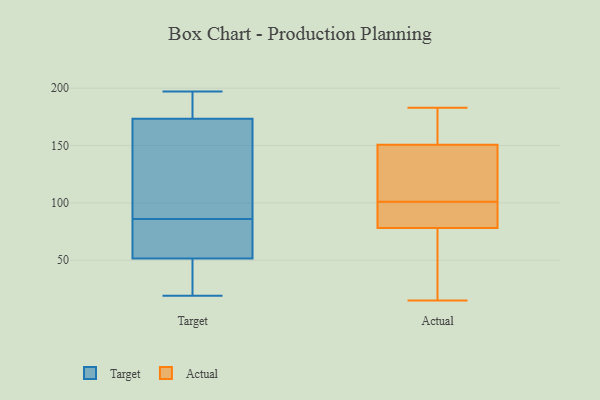
{"axis": {"x": "Backlog", "y": "Value"}, "legend": ["Actual", "Target"], "data": [{"x": "", "y": 23, "type": "Target"}, {"x": "", "y": 197, "type": "Target"}, {"x": "", "y": 44, "type": "Target"}, {"x": "", "y": 161, "type": "Target"}, {"x": "", "y": 107, "type": "Target"}, {"x": "", "y": 86, "type": "Target"}, {"x": "", "y": 166, "type": "Target"}, {"x": "", "y": 19, "type": "Target"}, {"x": "", "y": 68, "type": "Target"}, {"x": "", "y": 73, "type": "Target"}, {"x": "", "y": 195, "type": "Target"}, {"x": "", "y": 196, "type": "Target"}, {"x": "", "y": 54, "type": "Target"}, {"x": "", "y": 15, "type": "Actual"}, {"x": "", "y": 94, "type": "Actual"}, {"x": "", "y": 163, "type": "Actual"}, {"x": "", "y": 101, "type": "Actual"}, {"x": "", "y": 183, "type": "Actual"}, {"x": "", "y": 104, "type": "Actual"}, {"x": "", "y": 76, "type": "Actual"}, {"x": "", "y": 157, "type": "Actual"}, {"x": "", "y": 87, "type": "Actual"}, {"x": "", "y": 174, "type": "Actual"}, {"x": "", "y": 43, "type": "Actual"}, {"x": "", "y": 84, "type": "Actual"}, {"x": "", "y": 27, "type": "Actual"}, {"x": "", "y": 105, "type": "Actual"}, {"x": "", "y": 132, "type": "Actual"}]}